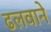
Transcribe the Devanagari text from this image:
ढलवाने